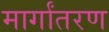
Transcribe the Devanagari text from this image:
मार्गांतरण